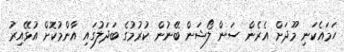
ހަމައެކަނި މޫދަށް އެރެން ސަން ލޯޝަން ބޭނުން ކުރުމުގެ ބަދަލުގައި އާންމުކޮށް އުޅޭއިރު